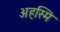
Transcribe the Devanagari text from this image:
अहस्मि